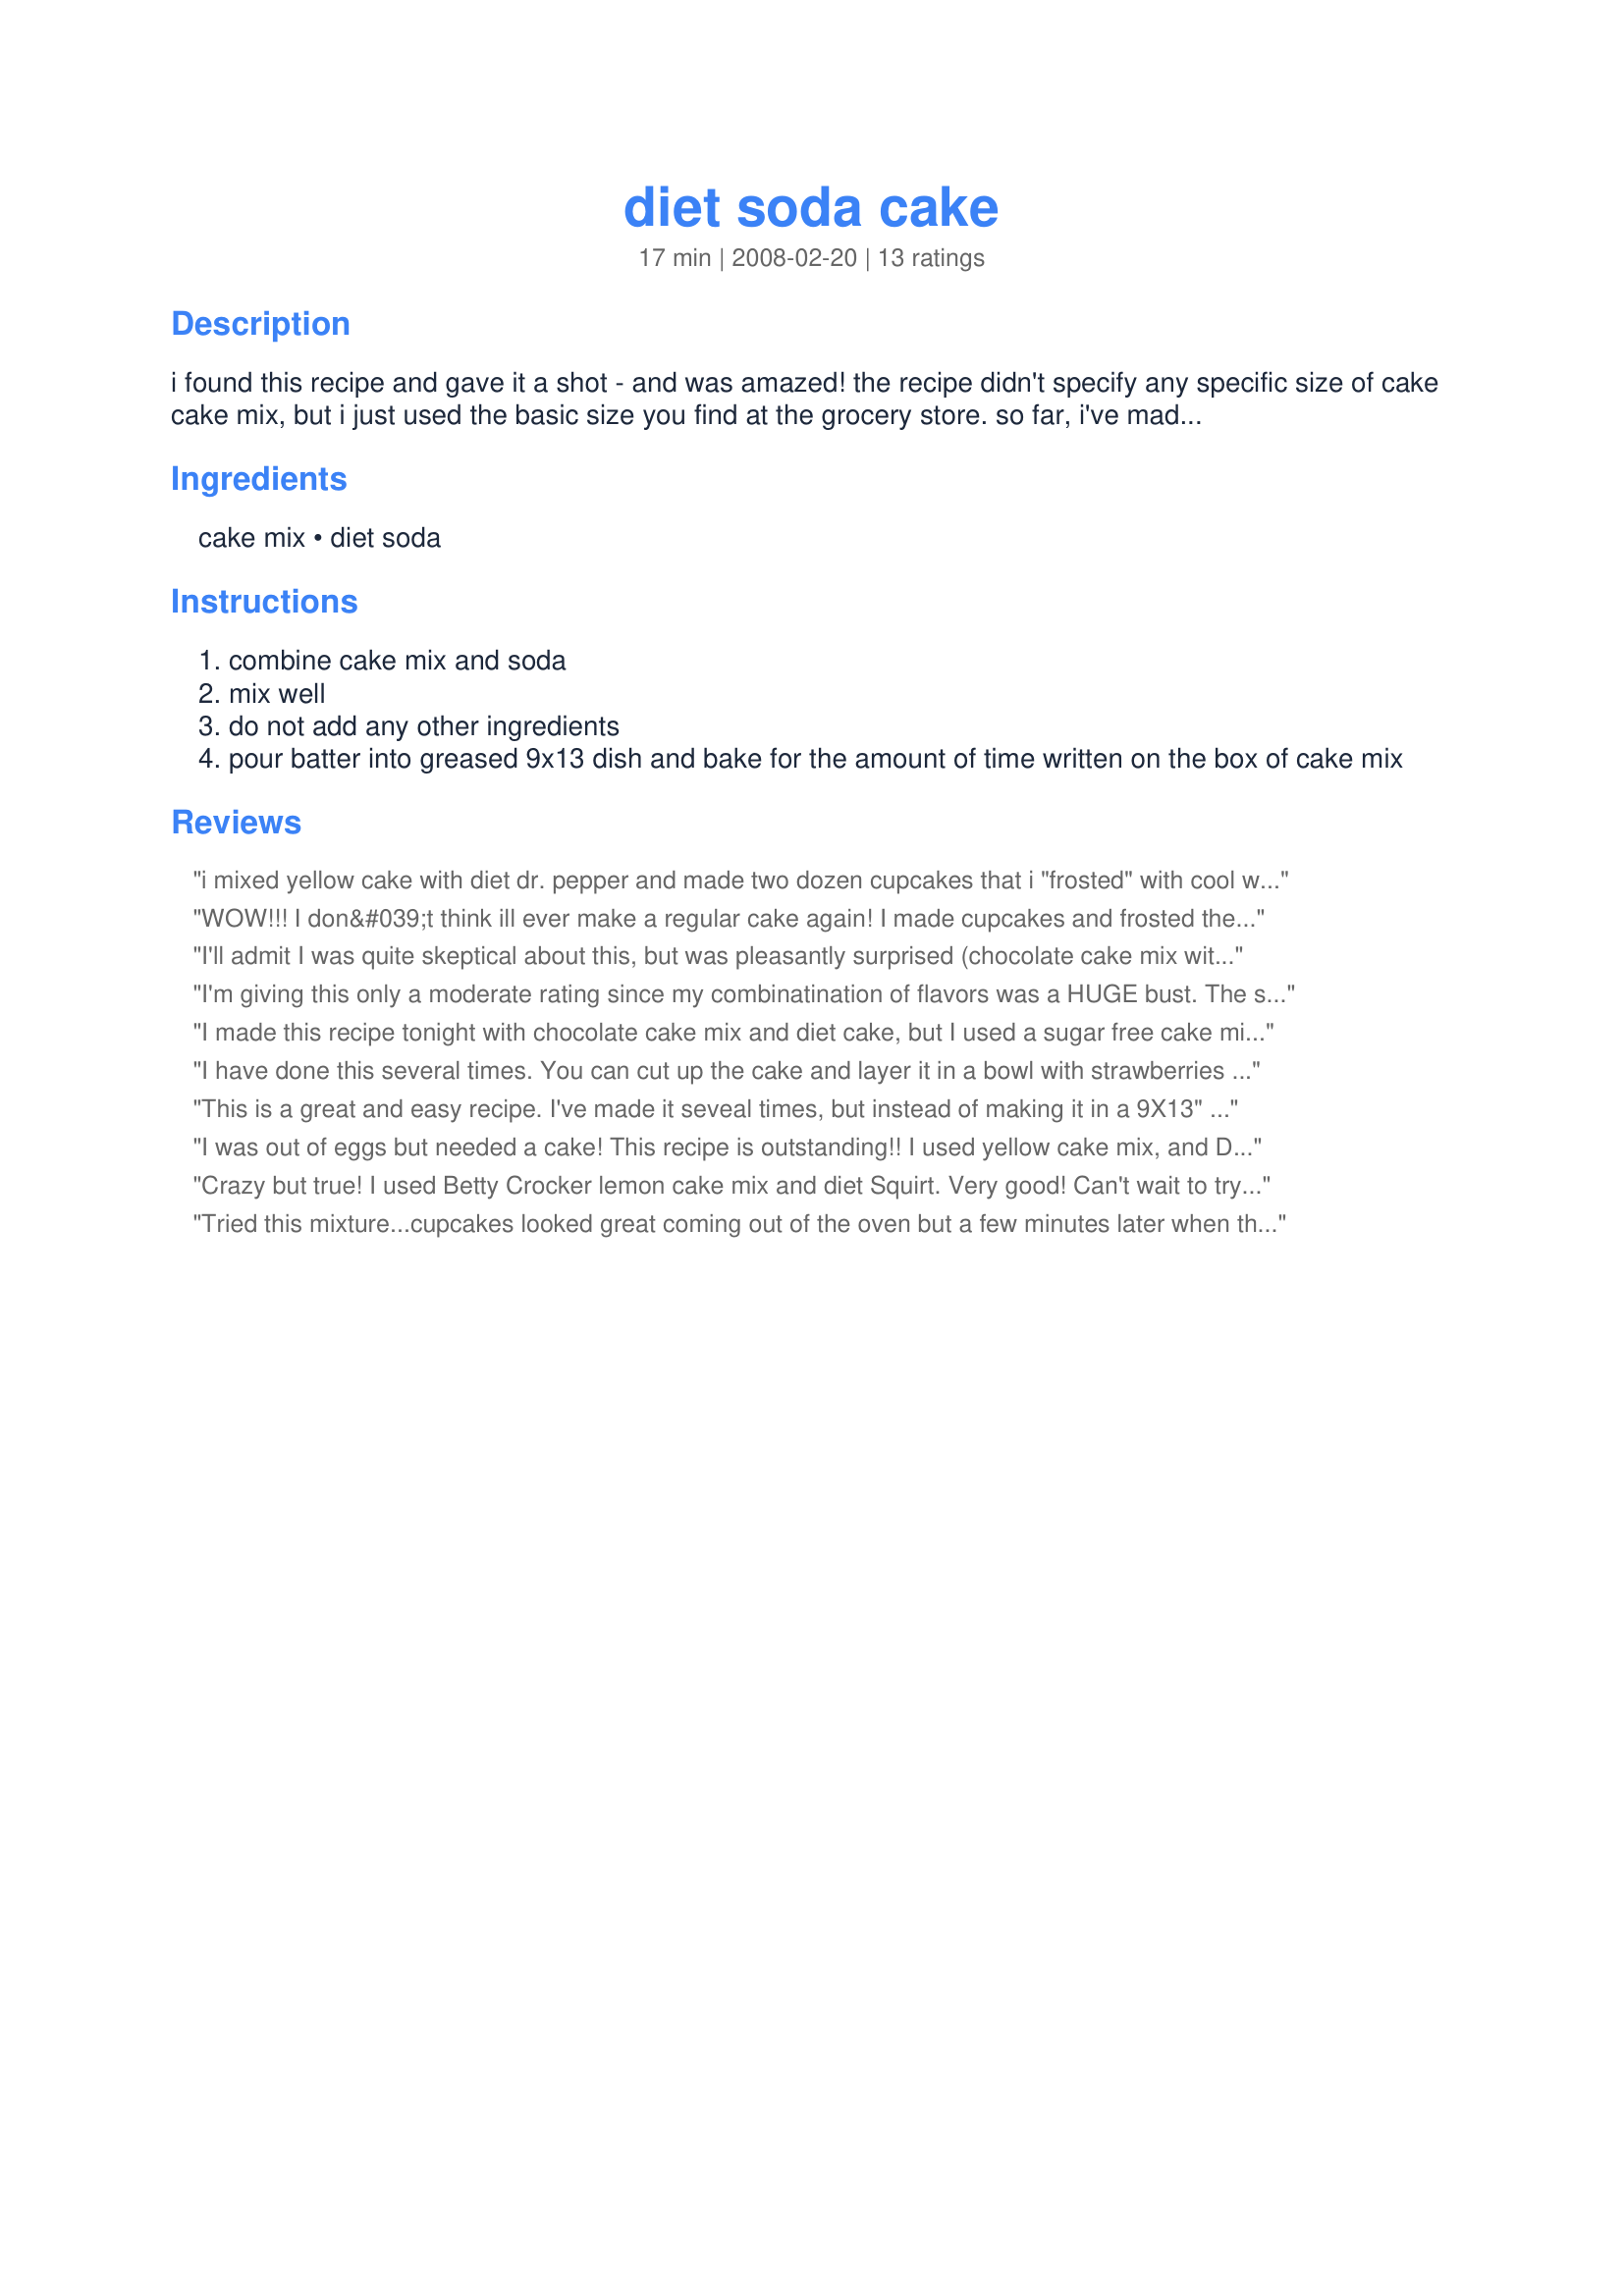
diet soda cake
Preparation time: 17 minutes

i found this recipe and gave it a shot - and was amazed! the recipe didn't specify any specific size of cake cake mix, but i just used the basic size you find at the grocery store. so far, i've made lemon cake mix w/ diet sprite & chocolate cake mix w/ diet coke. this is truly amazing- no eggs, oil, etc.

Ingredients:
cake mix, diet soda

Steps:
combine cake mix and soda
mix well
do not add any other ingredients
pour batter into greased 9x13 dish and bake for the amount of time written on the box of cake mix

Reviews:
i mixed yellow cake with diet dr. pepper and made two dozen cupcakes that i "frosted" with cool whip free and a roll in sliced almonds. my goodness, so easy and delicious. and for those of you on ww, these cupcakes are only 2 points a piece!
WOW!!! I don&#039;t think ill ever make a regular cake again! I made cupcakes and frosted them with whipped Topping and strawberry&#039;s! SupBurb!! baked up Beautifuly! fluffy and moist! I used diet Moutain Dew and a white cake mix! Im not even going to tell my family that they are lower in calories...lol
I'll admit I was quite skeptical about this, but was pleasantly surprised (chocolate cake mix with Diet Coke). While it seemed to fall a bit in the middle, it wasn't too bad; it just didn't mound in the middle like it usually does. Also, the crumb is quite fine and the cake almost falls apart, but I kept it in the fridge because of the frosting, anyway and it held together much better after it was chilled. Thanks so much for posting this!!
I'm giving this only a moderate rating since my combinatination of flavors was a HUGE bust. The spring and moistness of the cake was wonderful. I chose orange cake with Diet Sierra Mist (lemon lime) thinking it would be kinda a creamsicle but BLECH. I tossed it I need to mix Diet cream soda with the orange to get that flavor. DUH Beware of orange and lemon lime. haha I will try making the cake again. BTW it is 5 points plus on the new Weight Watcher plan.
I made this recipe tonight with chocolate cake mix and diet cake, but I used a sugar free cake mix. Delicious and I'm sure this lowers the calories too!
I have done this several times. You can cut up the cake and layer it in a bowl with strawberries and coll whip. Very good and low in calories!!
This is a great and easy recipe. I've made it seveal times, but instead of making it in a 9X13" pan, I divide the batter into 24 cupcakes. After they're cool, I slice them in half horizontally, add a tablespoon or so of frozen whipped topping, sandwich it in, and pop them in the freezer. It makes a nice low-fat snack. I believe this is a Weight Watchers recipe. 

I've made lemon with Fresca and Chocolate w/ Diet Coke. The chocolate is our favorite.
I was out of eggs but needed a cake! This recipe is outstanding!! I used yellow cake mix, and Diet Sunkist sparkling lemonade, SO GOOD! I also put in a couple cups of chocolate chips, so when the cake was done it tasted like chocolate chip cookie dough. I also used cream cheese frosting on top. The cake came out super moist and almost more brownie like than cake like, which was exactly what I love! Thanks.
Crazy but true! I used Betty Crocker lemon cake mix and diet Squirt. Very good! Can't wait to try other combos - vanilla cake w/diet rootbeer? Vanilla cake with peach Fresca? Chocolate cake with raspberry Diet Rite? The options are limtless! Thanks for posting!!
Tried this mixture...cupcakes looked great coming out of the oven but a few minutes later when they had cooled a bit and I tried one they were gummy inside.
Who would think this recipe would be so great! Amazing and so easy! Believe me I was skeptical!
This is crazy (and very very tasty!). Orange soda & vanilla cake mix are a great combo. You can top it with fat free whipped cream mixed with a package of fat free pudding mix (yum!)
OMG!!! This was sooo good!! I am a WW member and this fits right into my plan. My kids didn't know any different when I gave it to them. I used chocolate/diet coke and baked it for 3 minutes less than the pkg called for. I can see where people say it is a little crumbier. Mine came out moist and it was delicious.
